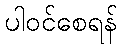
ပါဝင်စေရန်